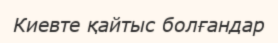
Киевте қайтыс болғандар